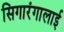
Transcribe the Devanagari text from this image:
सिगारंगालाई